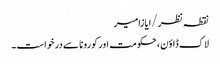
نقطہ نظر/ایازامیر
لاک ڈاؤن، حکومت اور کورونا سے درخواست۔